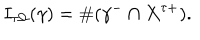
I _ { \tau \Omega } ( \gamma ) = \# ( \gamma ^ { - } \cap X ^ { \tau + } ) .